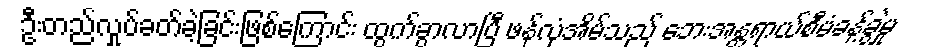
ဦးတည်လှုပ်ခတ်ခဲ့ခြင်းဖြစ်ကြောင်း ထွက်ခွာလာပြီ ဖန်လုံအိမ်သည် ဘေးအန္တရာယ်စီမံခန့်ခွဲမှု